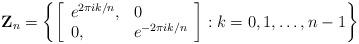
LaTeX: \begin{align*}{\bf Z}_n=\left\{\left[\begin{array}{ll}e^{2\pi ik/n}, & 0\\0, & e^{-2\pi ik/n}\end{array}\right]:k=0,1,\ldots,n-1\right\}\end{align*}